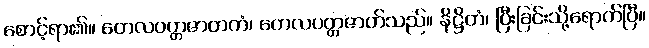
စောင့်ရာ၏။ တေလပတ္တဇာတကံ၊ တေလပတ္တဇာတ်သည်။ နိဋ္ဌိတံ၊ ပြီးခြင်းသို့ရောက်ပြီ။